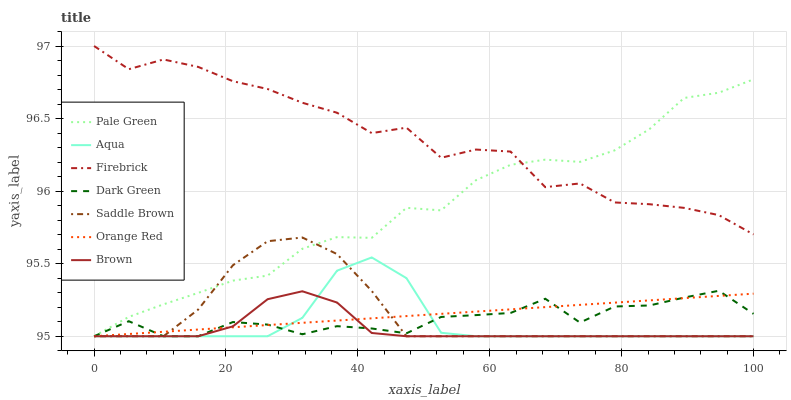
| xaxis_label | Pale Green | Aqua | Firebrick | Dark Green | Saddle Brown | Orange Red | Brown |
 | --- | --- | --- | --- | --- | --- | --- | --- |
 | 0 | 95 | 95 | 97 | 95 | 95 | 95 | 95 |
 | 5.26 | 95.1 | 95 | 96.8 | 95.1 | 95 | 95 | 95 |
 | 10.5 | 95.2 | 95 | 96.9 | 95 | 95 | 95 | 95 |
 | 15.8 | 95.3 | 95 | 96.9 | 95 | 95.2 | 95 | 95 |
 | 21.1 | 95.4 | 95 | 96.8 | 95.1 | 95.5 | 95.1 | 95.1 |
 | 26.3 | 95.4 | 95 | 96.7 | 95.1 | 95.7 | 95.1 | 95.3 |
 | 31.6 | 95.6 | 95.1 | 96.6 | 95 | 95.7 | 95.1 | 95.3 |
 | 36.8 | 95.7 | 95.5 | 96.5 | 95.1 | 95.6 | 95.1 | 95.2 |
 | 42.1 | 95.7 | 95.5 | 96.4 | 95.1 | 95.3 | 95.1 | 95 |
 | 47.4 | 95.9 | 95.4 | 96.4 | 95 | 95 | 95.1 | 95 |
 | 52.6 | 95.9 | 95 | 96.2 | 95.1 | 95 | 95.2 | 95 |
 | 57.9 | 96.1 | 95 | 96.3 | 95.1 | 95 | 95.2 | 95 |
 | 63.2 | 96.2 | 95 | 96.3 | 95.2 | 95 | 95.2 | 95 |
 | 68.4 | 96.2 | 95 | 96 | 95.3 | 95 | 95.2 | 95 |
 | 73.7 | 96.2 | 95 | 96.1 | 95.1 | 95 | 95.2 | 95 |
 | 78.9 | 96.3 | 95 | 95.9 | 95.2 | 95 | 95.2 | 95 |
 | 84.2 | 96.4 | 95 | 95.9 | 95.2 | 95 | 95.2 | 95 |
 | 89.5 | 96.6 | 95 | 95.9 | 95.3 | 95 | 95.3 | 95 |
 | 94.7 | 96.7 | 95 | 95.8 | 95.3 | 95 | 95.3 | 95 |
 | 100 | 96.8 | 95 | 95.7 | 95.2 | 95 | 95.3 | 95 |